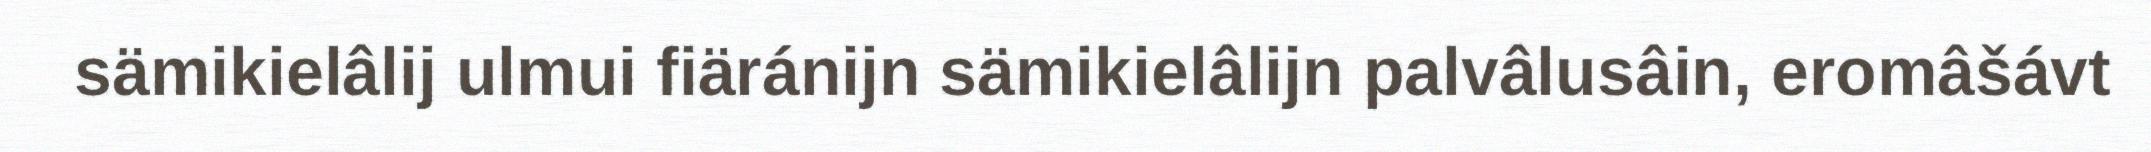
sämikielâlij ulmui fiäránijn sämikielâlijn palvâlusâin, eromâšávt